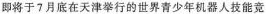
即将于7月底在天津举行的世界青少年机器人技能竞